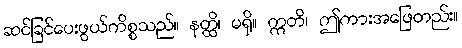
ဆင်ခြင်ပေးဖွယ်ကိစ္စသည်။ နတ္ထိ၊ မရှိ။ ဣတိ၊ ဤကားအဖြေတည်း။